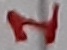
Text: 1